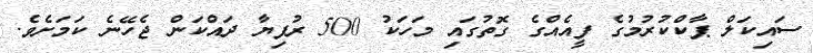
ސައިކަލް ޕާކްކުރުމުގެ ފީއެއްގެ ގޮތުގައި މަހަކު 500 ރުފިޔާ ދައްކަން ޖެހޭނެ ކަމަށެވެ.